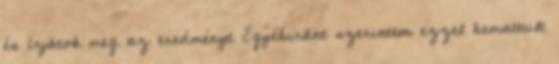
és írjátok meg az eredményt Egyébiránt szerintem ezzel bemattult